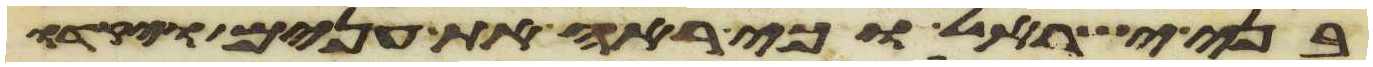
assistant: בני ישראל וכי ראה את ענים ויקדו